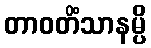
တာဝတိံသာနမ္ပိ